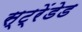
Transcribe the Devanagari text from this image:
स्ट्रेंडेड